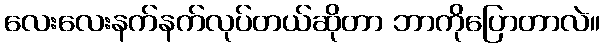
လေးလေးနက်နက်လုပ်တယ်ဆိုတာ ဘာကိုပြောတာလဲ။